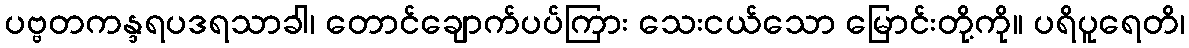
ပဗ္ဗတကန္ဒရပဒရသာခါ၊ တောင်ချောက်ပပ်ကြား သေးငယ်သော မြောင်းတို့ကို။ ပရိပူရေတိ၊